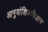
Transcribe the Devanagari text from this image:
आनुवांशिकविज्ञान